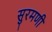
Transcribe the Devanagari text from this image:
सुरमणी